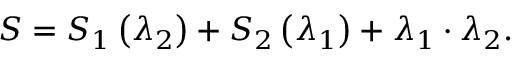
S = S _ { 1 } \left( \lambda _ { 2 } \right) + S _ { 2 } \left( \lambda _ { 1 } \right) + \lambda _ { 1 } \cdot \lambda _ { 2 } .